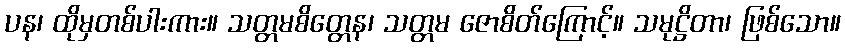
ပန၊ ထိုမှတစ်ပါးကား။ သတ္တမစိတ္တေန၊ သတ္တမ ဇောစိတ်ကြောင့်။ သမုဋ္ဌိတာ၊ ဖြစ်သော။